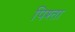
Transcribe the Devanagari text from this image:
पिश्ता